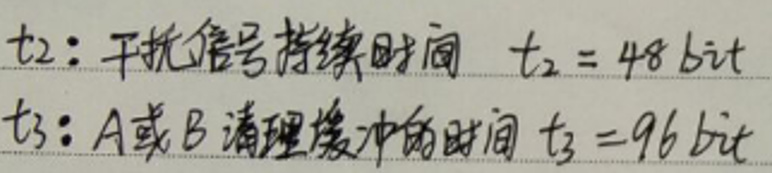
t2: 干扰信号持续时间 \(t_2 = 48\ bit\)\\
t3: A或B清理缓冲的时间 \(t_3 = 96\ bit\)